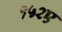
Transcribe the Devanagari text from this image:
१५२ए